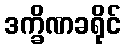
ဒက္ခိဏခရိုင်